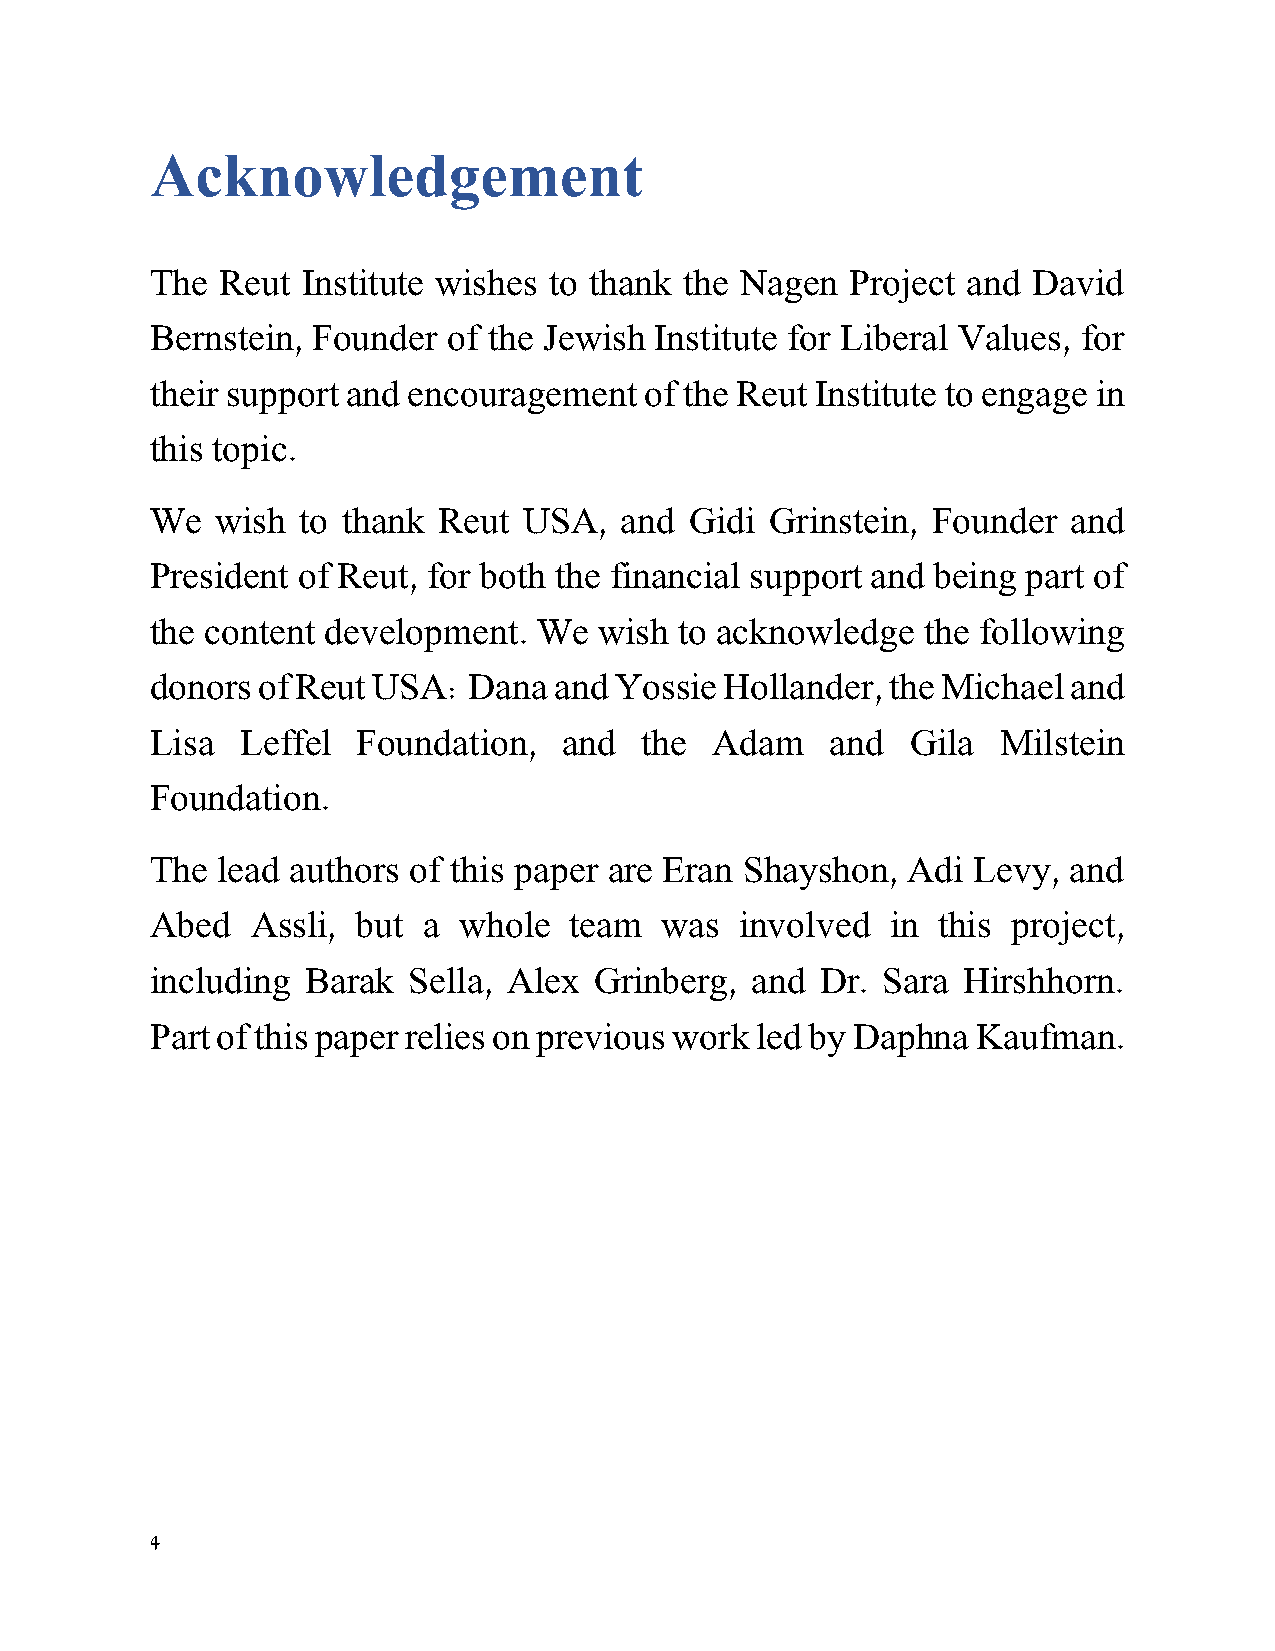
Acknowledgement
 The  Reut Institute wishes to thank the Nagen Project and David
 Bernstein, Founder  of the Jewish Institute for Liberal Values, for
 their support and encouragement  of the Reut Institute to engage in
 this topic.
 We  wish  to thank Reut  USA,  and  Gidi Grinstein, Founder  and
 President of Reut, for both the financial support and being part of
 the content development.  We  wish to acknowledge  the following
 donors of Reut USA:  Dana  and Yossie Hollander, the Michael and
 Lisa  Leffel  Foundation,  and  the  Adam    and  Gila  Milstein
 Foundation.
 The lead authors of this paper are Eran Shayshon, Adi Levy,  and
 Abed   Assli, but a whole   team  was  involved  in this project,
 including Barak  Sella, Alex Grinberg,  and Dr. Sara  Hirshhorn.
 Part of this paper relies on previous work led by Daphna Kaufman.
 4